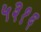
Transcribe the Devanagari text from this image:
५३१६